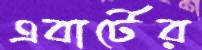
এবার্টের